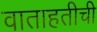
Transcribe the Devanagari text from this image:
वाताहतीची